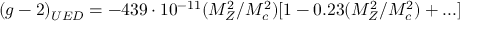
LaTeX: ( g - 2 ) _ { U E D } = - 4 3 9 \cdot 1 0 ^ { - 1 1 } ( M _ { Z } ^ { 2 } / M _ { c } ^ { 2 } ) [ 1 - 0 . 2 3 ( M _ { Z } ^ { 2 } / M _ { c } ^ { 2 } ) + . . . ] \,